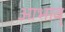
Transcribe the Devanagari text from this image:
आभाव्